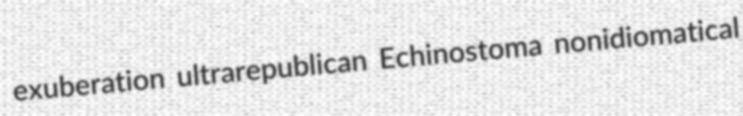
exuberation ultrarepublican Echinostoma nonidiomatical